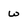
Character: w